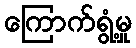
ကြောက်ရွံ့မှု